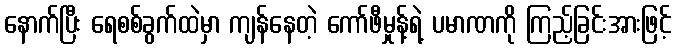
နောက်ပြီး ရေစစ်ခွက်ထဲမှာ ကျန်နေတဲ့ ကော်ဖီမှုန့်ရဲ့ ပမာဏကို ကြည့်ခြင်းအားဖြင့်